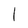
Character: l